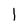
Character: 1